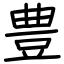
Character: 豊